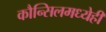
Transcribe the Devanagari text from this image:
कौन्सिलमध्येही